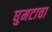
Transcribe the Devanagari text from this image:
घुमटाचा